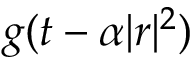
g ( t - \alpha | r | ^ { 2 } )